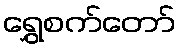
ရွှေစက်တော်